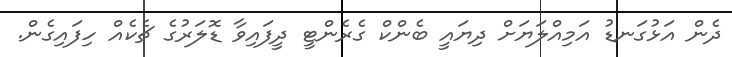
ދެން އަޅުގަނޑު އަމިއްލަޔަށް ދިޔައީ ބެންކް ގެރެންޓީ ދީފައިވާ ޑޮލަރުގެ ޗެކެއް ހިފައިގެން.